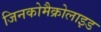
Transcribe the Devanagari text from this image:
जिनकोमैक्रोलाइड